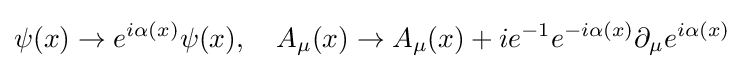
\psi (x)\to e^{i\alpha (x)}\psi (x),\quad A_{\mu }(x)\to A_{\mu }(x)+ie^{-1}e^{-i\alpha (x)}\partial _{\mu }e^{i\alpha (x)}